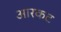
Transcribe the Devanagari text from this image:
आरकट